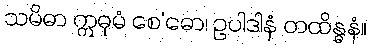
သမိဓာ ဣဓုမံ စေ’ဓော၊ ဥပါဒါနံ တထိန္ဓနံ။